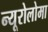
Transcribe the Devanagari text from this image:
न्यूरोलोमा